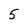
Character: 5